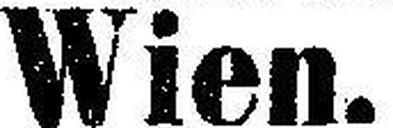
Wien.